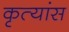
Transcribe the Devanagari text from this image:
कृत्यांस